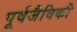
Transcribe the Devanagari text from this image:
पूर्वजैविकी